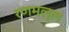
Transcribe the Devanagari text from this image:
रणमल्ल